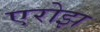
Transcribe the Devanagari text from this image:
एरोझ